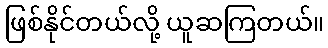
ဖြစ်နိုင်တယ်လို့ ယူဆကြတယ်။